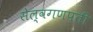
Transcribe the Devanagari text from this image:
सेल्वगणपती